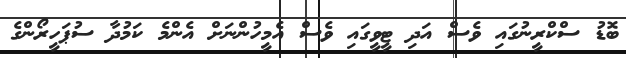
ބޮޑު ސްކްރީނުގައި ވެސް އަދި ޓީވީގައި ވެސް އެމީހުންނަށް އެންމެ ކަމުދާ ސުޕަހީރޯންގެ